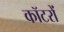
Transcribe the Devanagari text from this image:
कॉटरों